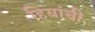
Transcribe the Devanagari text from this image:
हियांची